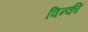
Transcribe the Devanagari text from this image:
विन्की